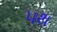
૫થ